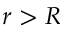
r > R